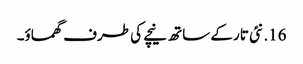
16. نئی تار کے ساتھ نیچے کی طرف گھماؤ۔